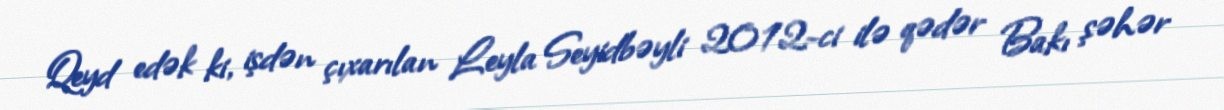
Qeyd edək ki, işdən çıxarılan Leyla Seyidbəyli 2012-ci ilə qədər Bakı şəhər